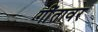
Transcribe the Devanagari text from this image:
गींतावर